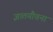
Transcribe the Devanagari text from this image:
ज्ञातयौवना